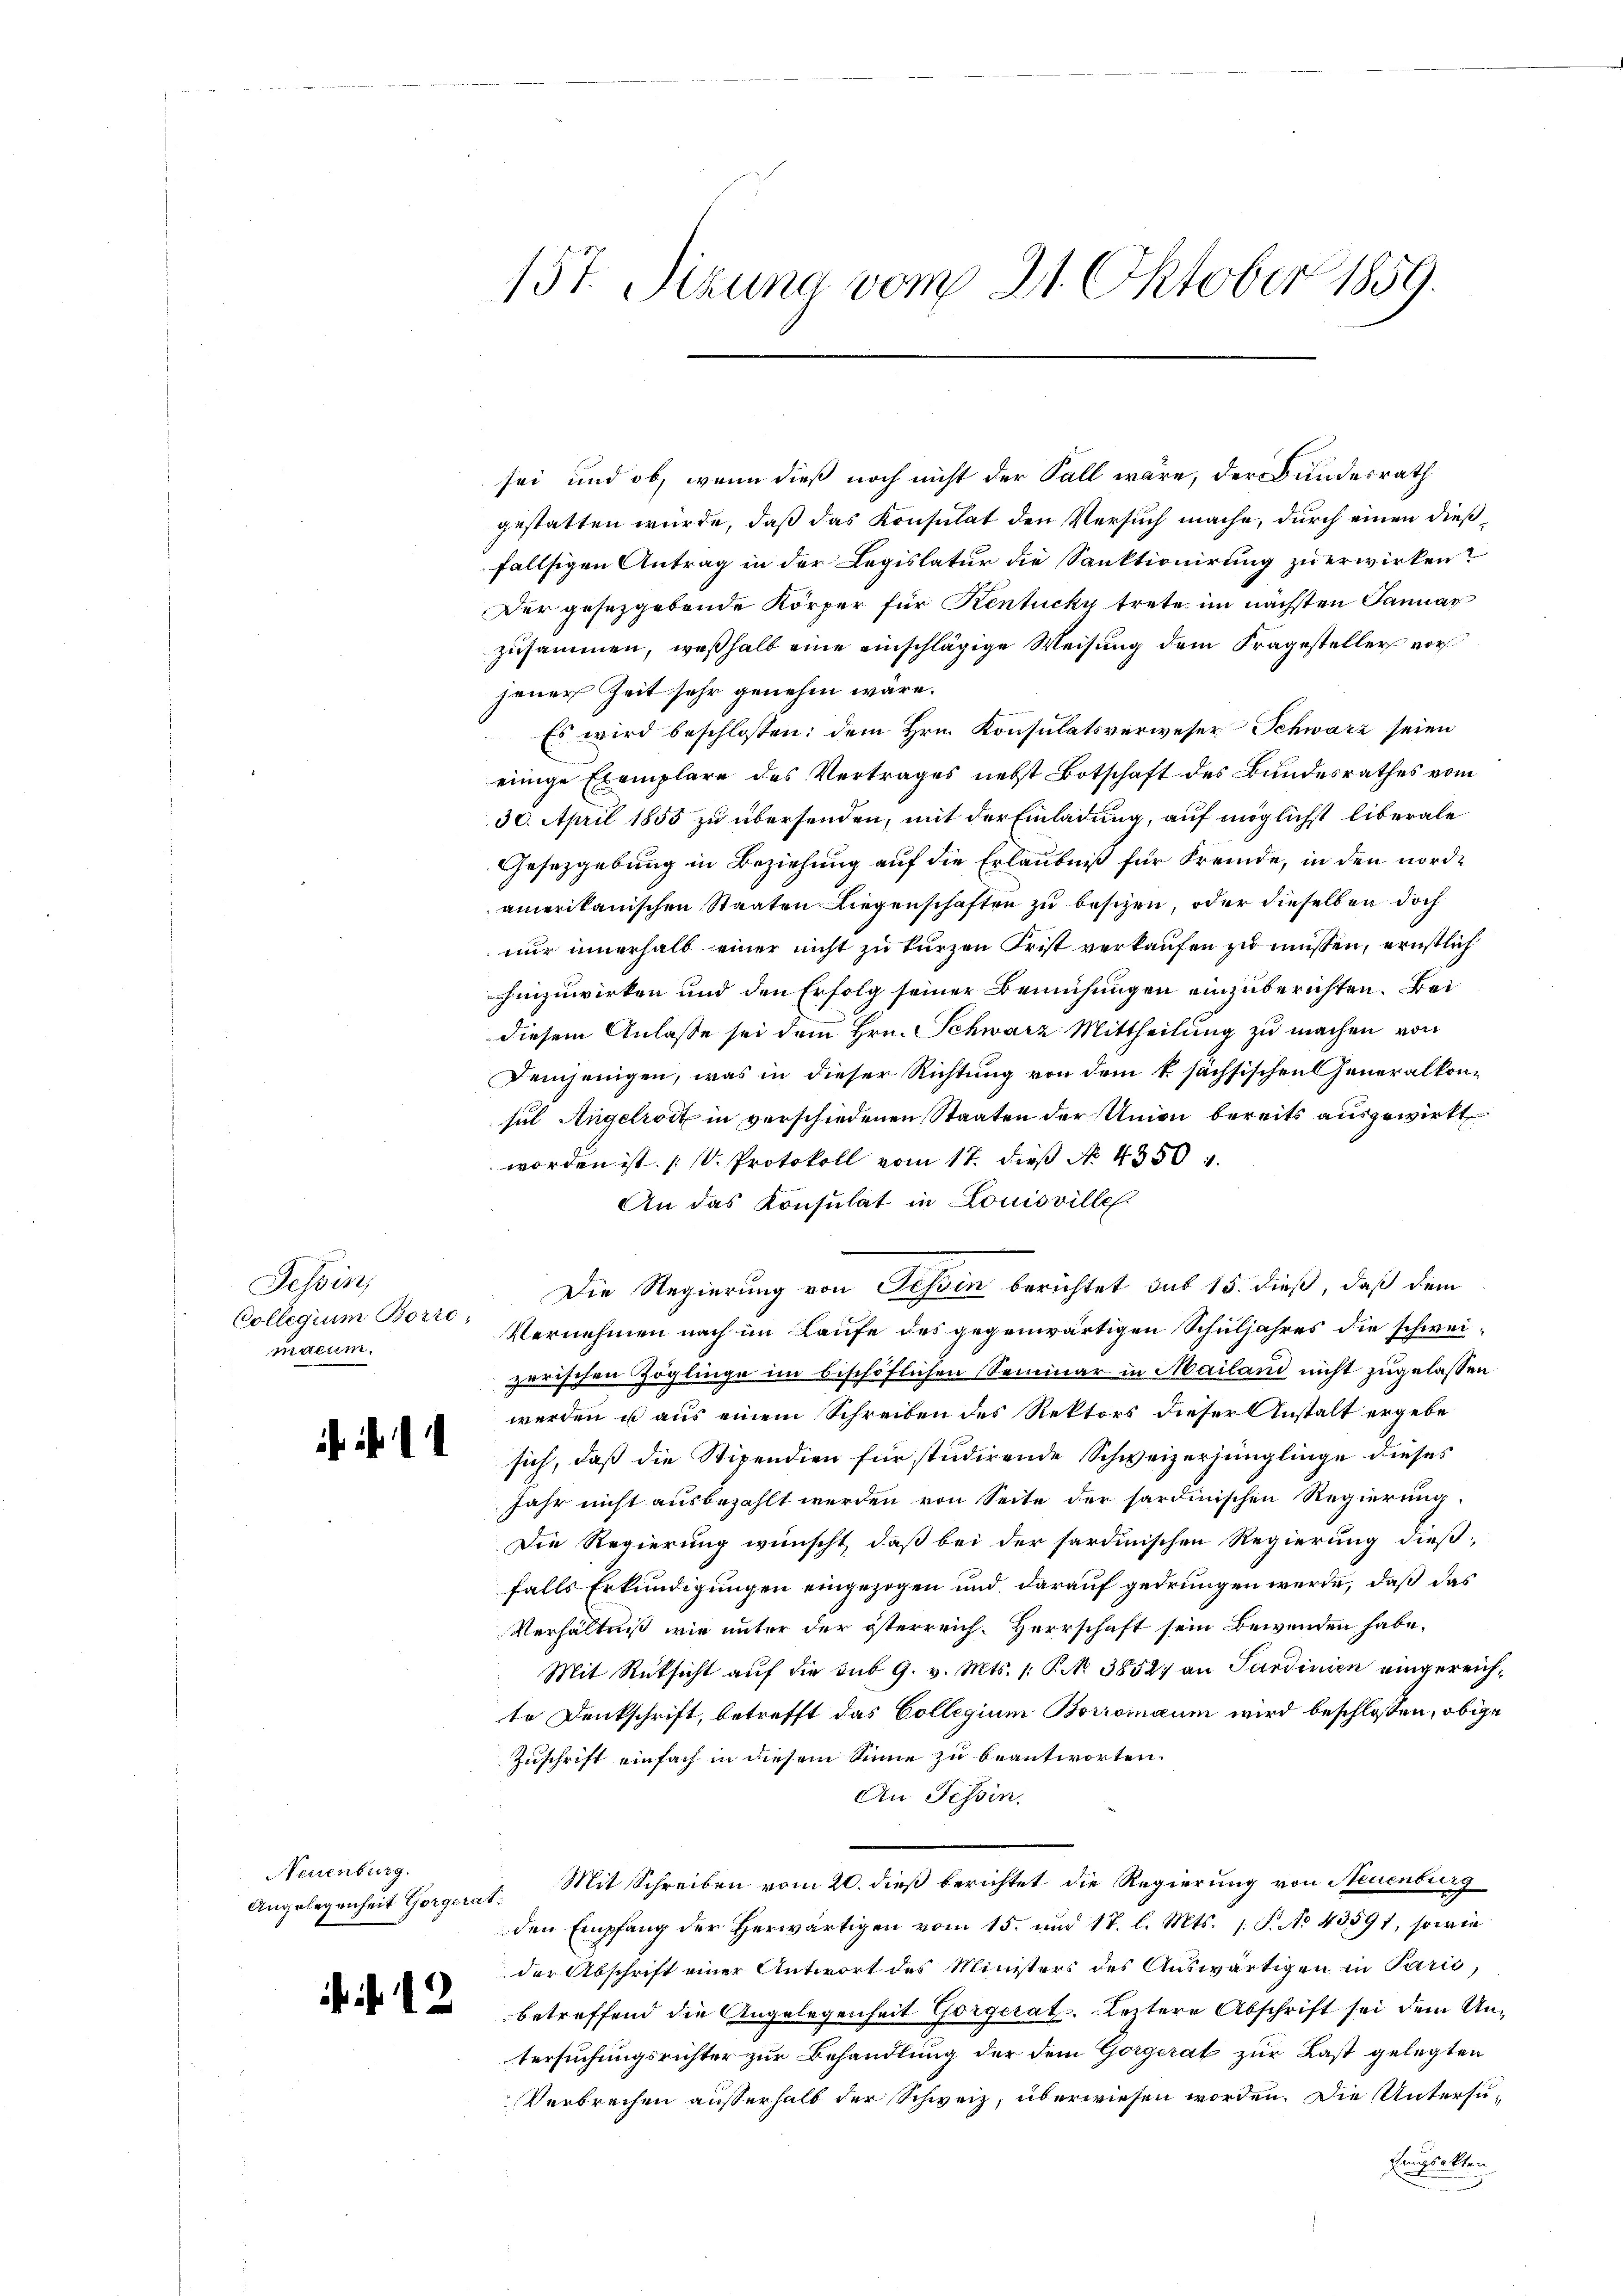
Tessin,
Collegium Borro,
nacum

sei und ob, wenn dieß noch nicht der Fall wäre, der Bundesrath
gestatten würde, daß das Konsulat den Versuch mache, durch einen dießfallsigen Antrag in der Legislatur die Sanktionirung zu erwirken?
Der gesetzgebende Körper für Kentucky trete im nächsten Januar
zusammen, weßhalb eine einschlägige Weisung dem Fragesteller vor
jener Zeit sehr genehm wäre.
Es wird beschlossen: dem Hrn. Konsulatsverweser Schwarz seien
einige Exemplare des Vertrages nebst Botschaft des Bundesrathes vom
30. April 1855 zu übersenden, mit der Einladung, auf möglichst liberale
Gesetzgebung in Beziehung auf die Erlaubniß für Fremde, in den nordamerikanischen Staaten Liegenschaften zu beschen, oder dieselben doch
nur innerhalb einer nicht zu kurzen Frist verkaufen zu müssen, ernstlich
hinzuwirken und den Erfolg seiner Bemühungen einzuberichten. Bei
diesem Anlasse sei dem Hrn. Schwarz Mittheilung zu machen von
Demjenigen, was in dieser Richtung von dem k. sächsischen Generalkonsul Angelroit in verschiedenen Staaten der Union bereits ausgewirkt
worden ist. V. Protokoll vom 17. dieß No 4350.
An das Konsulat in Louisville
¬
Die Regierung von Schin berichtet sub 15. dieß, daß dem
Vernehmen nach im Laufe des gegenwärtigen Schuljahres die schweizerischen Zöglinge im bischöflichen Seminar in Mailand nicht zugelassen
werden ist aus einem Schreiben des Rektors dieser Anstalt ergebe
sich, daß die Stipendien für studirende Schweizerjünglinge dieses
Jahr nicht ausbezahlt werden von Seite der sardinischen Regierung.
Die Regierung wünscht, daß bei der sardinischen Regierung dieß-
falls Erkundigungen eingezogen und darauf gedrungen werde, daß das
Verhältniß wie unter der österreich. Herrschaft sein Bewenden habe.
Mit Rüksicht auf die sub 9. v. Mts. 1. P. No. 3852) an Sardinien eingereichte Denkschrift, betrefft das Collegium Borromaum wird beschlossen, obige
Zuschrift einfach in diesem Sinne zu beantworten.
An Tessin.
Angelegenheit Gorgerat. Mit Schreiben vom 20. dieß berichtet die Regierung von Neuenburg
den Empfang der Herwärtigen vom 15. und 17. l. Mts. 1 S. No 43591, sowie
der Abschrift einer Antwort des Ministers des Auswärtigen in Parić,
betreffend die Angelegenheit Gorgerat. Leztere Abschrift sei dem Untersuchungsrichter zur Behandlung der dem Gorgerat zur Last gelegten
Verbrechen außerhalb der Schweiz, überwiesen worden. Die Untersufungsakten
.

Neuenburg.

f 12

15t. Sizung vom 21. Oktober 1859.